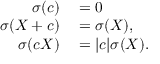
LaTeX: \begin{array} { r l } { \sigma ( c ) } & { { } = 0 } \\ { \sigma ( X + c ) } & { { } = \sigma ( X ) , } \\ { \sigma ( c X ) } & { { } = | c | \sigma ( X ) . } \end{array}